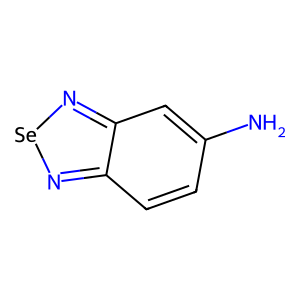
SMILES: Nc1ccc2n[se]nc2c1
Inhibits HIV replication: No